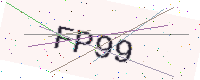
Text: FP99